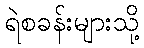
ရဲစခန်းများသို့